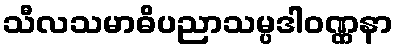
သီလသမာဓိပညာသမ္ပဒါဝဏ္ဏနာ